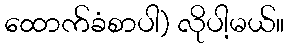
ထောက်ခံစာပါ) လိုပါ့မယ်။